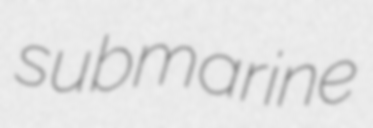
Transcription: submarine